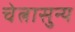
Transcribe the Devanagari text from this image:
चेत्नासुन्य